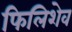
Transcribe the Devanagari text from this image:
फिलिशेव